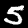
Digit: 5